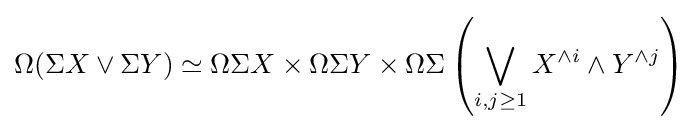
\Omega (\Sigma X\vee \Sigma Y)\simeq \Omega \Sigma X\times \Omega \Sigma Y\times \Omega \Sigma \left(\bigvee _{i,j\geq 1}X^{\wedge i}\wedge Y^{\wedge j}\right)